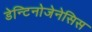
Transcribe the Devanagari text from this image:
डेन्टिनोजेनेसिस